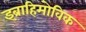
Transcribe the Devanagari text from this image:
इब्राहिमोविक